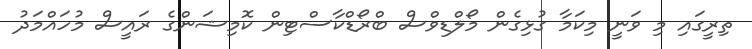
ތިރީގައި މި ވަނީ މިކަމާ ގުޅިގެން މޯލްޑިވްސް ބްރޯޑްކާސްޓިން ކޮމިޝަންގެ ރައީސް މުހައްމަދު